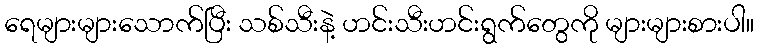
ရေများများသောက်ပြီး သစ်သီးနဲ့ ဟင်းသီးဟင်းရွက်တွေကို များများစားပါ။